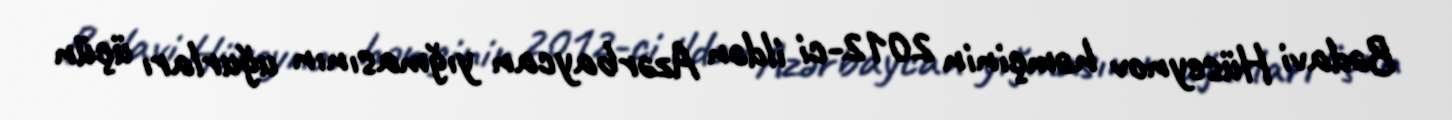
Bədavi Hüseynov həmçinin 2012-ci ildən Azərbaycan yığmasının uğurları üçün